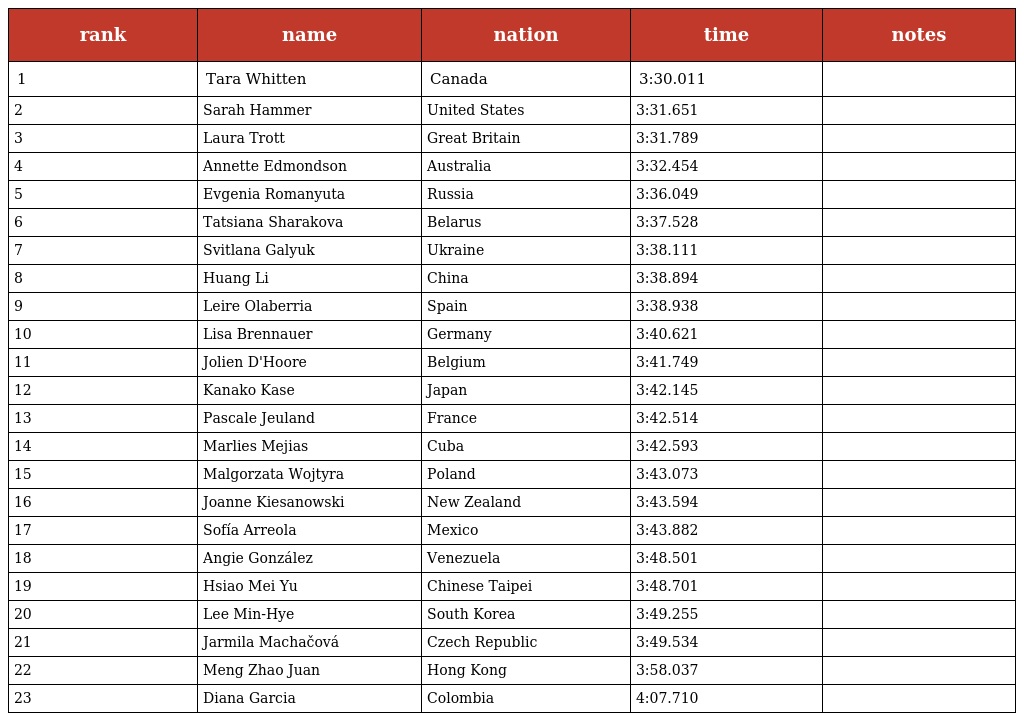
| rank | name | nation | time | notes |
 | --- | --- | --- | --- | --- |
 | 1 | Tara Whitten | Canada | 3:30.011 |  |
 | 2 | Sarah Hammer | United States | 3:31.651 |  |
 | 3 | Laura Trott | Great Britain | 3:31.789 |  |
 | 4 | Annette Edmondson | Australia | 3:32.454 |  |
 | 5 | Evgenia Romanyuta | Russia | 3:36.049 |  |
 | 6 | Tatsiana Sharakova | Belarus | 3:37.528 |  |
 | 7 | Svitlana Galyuk | Ukraine | 3:38.111 |  |
 | 8 | Huang Li | China | 3:38.894 |  |
 | 9 | Leire Olaberria | Spain | 3:38.938 |  |
 | 10 | Lisa Brennauer | Germany | 3:40.621 |  |
 | 11 | Jolien D'Hoore | Belgium | 3:41.749 |  |
 | 12 | Kanako Kase | Japan | 3:42.145 |  |
 | 13 | Pascale Jeuland | France | 3:42.514 |  |
 | 14 | Marlies Mejias | Cuba | 3:42.593 |  |
 | 15 | Malgorzata Wojtyra | Poland | 3:43.073 |  |
 | 16 | Joanne Kiesanowski | New Zealand | 3:43.594 |  |
 | 17 | Sofía Arreola | Mexico | 3:43.882 |  |
 | 18 | Angie González | Venezuela | 3:48.501 |  |
 | 19 | Hsiao Mei Yu | Chinese Taipei | 3:48.701 |  |
 | 20 | Lee Min-Hye | South Korea | 3:49.255 |  |
 | 21 | Jarmila Machačová | Czech Republic | 3:49.534 |  |
 | 22 | Meng Zhao Juan | Hong Kong | 3:58.037 |  |
 | 23 | Diana Garcia | Colombia | 4:07.710 |  |